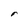
Character: r